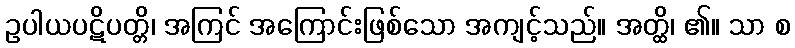
ဥပါယပဋိပတ္တိ၊ အကြင် အကြောင်းဖြစ်သော အကျင့်သည်။ အတ္ထိ၊ ၏။ သာ စ